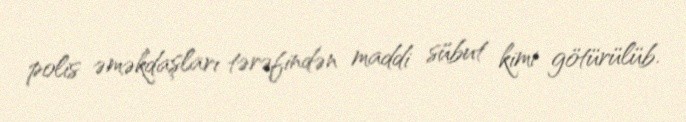
polis əməkdaşları tərəfindən maddi sübut kimi götürülüb.